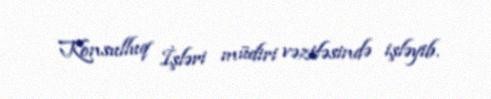
Konsulluq İşləri müdiri vəzifəsində işləyib.